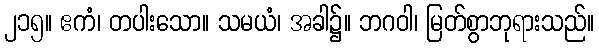
၂၁၅။ ဧကံ၊ တပါးသော။ သမယံ၊ အခါ၌။ ဘဂဝါ၊ မြတ်စွာဘုရားသည်။